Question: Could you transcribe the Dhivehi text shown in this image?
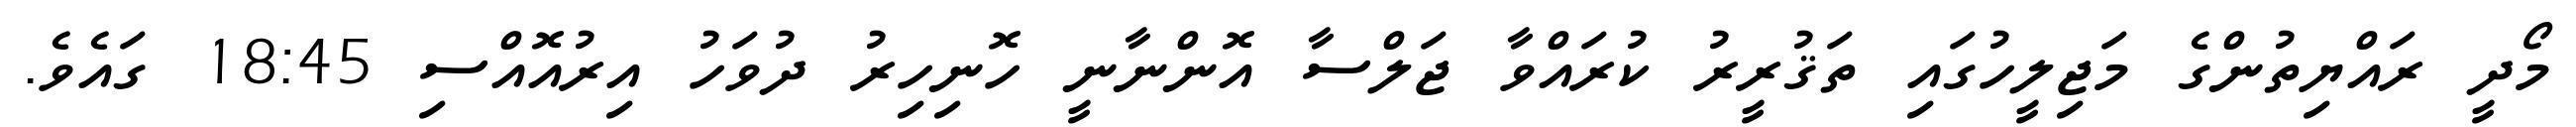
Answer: މޯދީ ރައްޔިތުންގެ މަޖިލީހުގައި ތަޤުރީރު ކުރައްވާ ޖަލްސާ އޮންނާނީ ހޮނިހިރު ދުވަހު އިރުއޮއްސި 18:45 ގައެވެ.